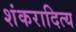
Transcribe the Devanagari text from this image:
शंकरादित्य